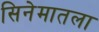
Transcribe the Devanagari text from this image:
सिनेमातला